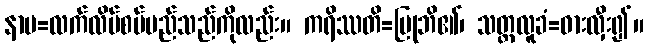
နာမ=လက်လိပ်စပ်မည်သည်ကိုလည်း။ ကရိဿတိ=ပြုဘိ၏၊ သတ္ထလူခံ=ဓားလှီး၍။